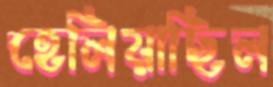
হেলিয়াছিল